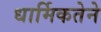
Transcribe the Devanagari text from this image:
धार्मिकतेने